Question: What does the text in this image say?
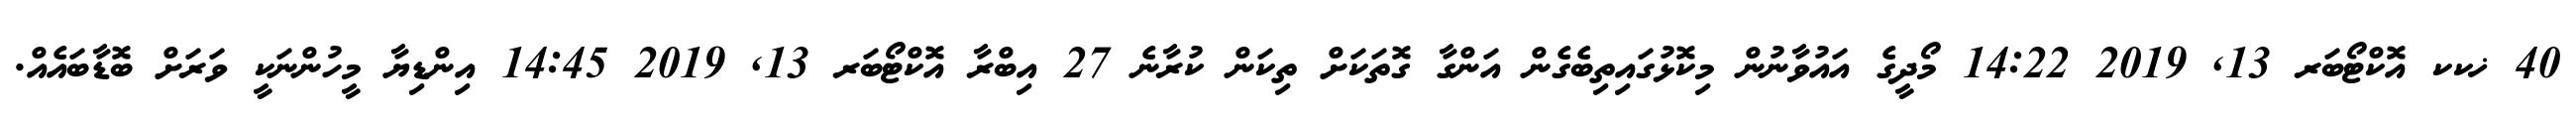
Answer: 40 ޚކކ އޮކްޓޯބަރ 13, 2019 14:22 މޯދީގެ އައުވާނުން މިކޮޅުގައިތިބެގެން އަންގާ ގޮތަކަށް ތިކަން ކުރާނެ 27 އިބްރާ އޮކްޓޯބަރ 13, 2019 14:45 އިންޑިޔާ މީހުންނަކީ ވަރަށް ބޮޑާބައެއް.